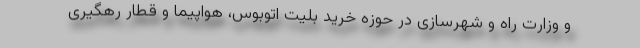
و وزارت راه و شهرسازی در حوزه خرید بلیت اتوبوس، هواپیما و قطار رهگیری